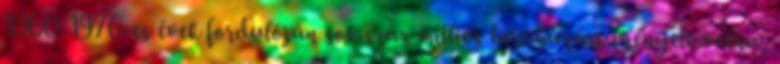
1960-1970-es évek fordulóján sok száz milliós beruházást igényelt volna,